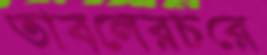
তাবলেরচরে